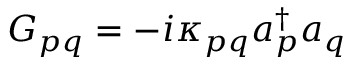
G _ { p q } = - i \kappa _ { p q } a _ { p } ^ { \dagger } a _ { q }